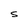
Character: S